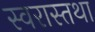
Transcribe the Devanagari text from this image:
स्वरास्तथा